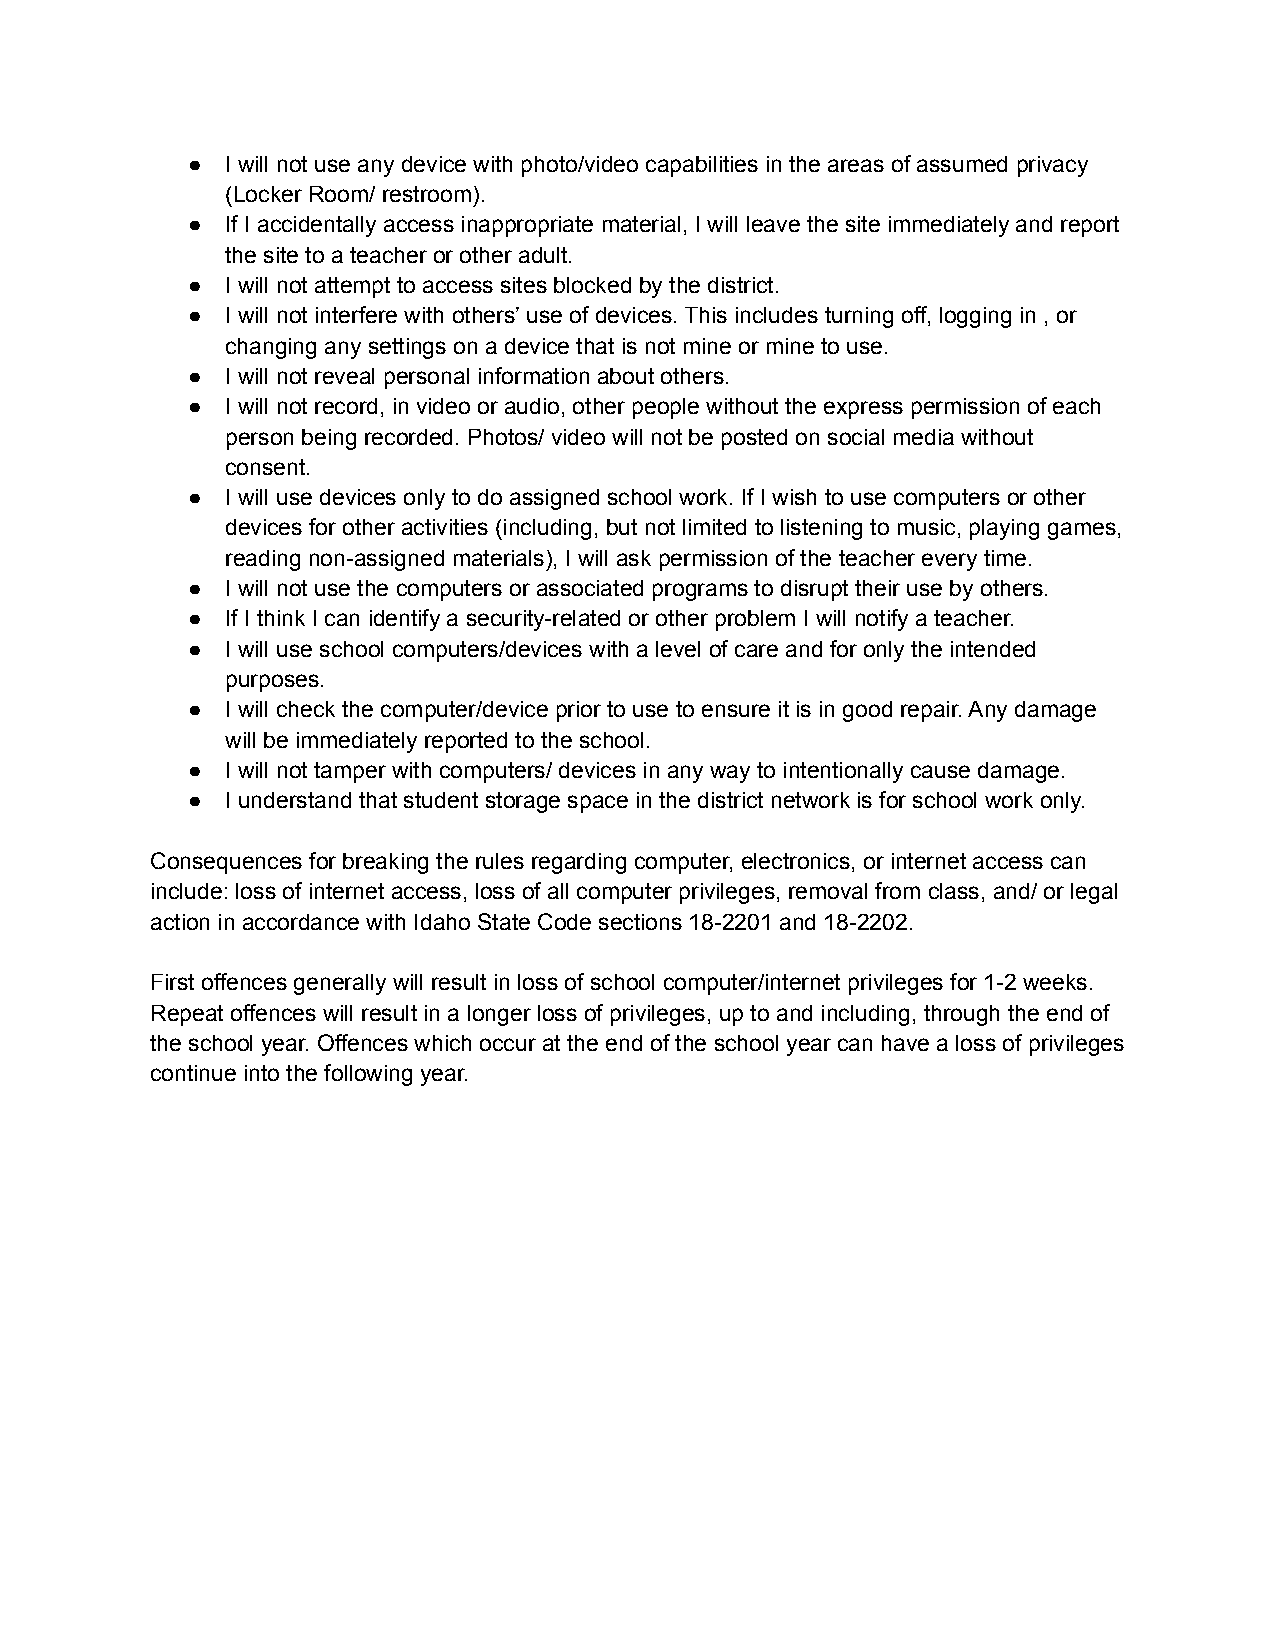
●  I will not use any device with photo/video capabilities in the areas of assumed privacy
 (Locker Room/ restroom).
 ●  If I accidentally access inappropriate material, I will leave the site immediately and report
 the site to a teacher or other adult.
 ●  I will not attempt to access sites blocked by the district.
 ●  I will not interfere with others’ use of devices. This includes turning off, logging in , or
 changing any settings on a device that is not mine or mine to use.
 ●  I will not reveal personal information about others.
 ●  I will not record, in video or audio, other people without the express permission of each
 person being recorded. Photos/ video will not be posted on social media without
 consent.
 ●  I will use devices only to do assigned school work. If I wish to use computers or other
 devices for other activities (including, but not limited to listening to music, playing games,
 reading non-assigned materials), I will ask permission of the teacher every time.
 ●  I will not use the computers or associated programs to disrupt their use by others.
 ●  If I think I can identify a security-related or other problem I will notify a teacher.
 ●  I will use school computers/devices with a level of care and for only the intended
 purposes.
 ●  I will check the computer/device prior to use to ensure it is in good repair. Any damage
 will be immediately reported to the school.
 ●  I will not tamper with computers/ devices in any way to intentionally cause damage.
 ●  I understand that student storage space in the district network is for school work only.
 Consequences for breaking the rules regarding computer, electronics, or internet access can
 include: loss of internet access, loss of all computer privileges, removal from class, and/ or legal
 action in accordance with Idaho State Code sections 18-2201 and 18-2202.
 First offences generally will result in loss of school computer/internet privileges for 1-2 weeks.
 Repeat offences will result in a longer loss of privileges, up to and including, through the end of
 the school year. Offences which occur at the end of the school year can have a loss of privileges
 continue into the following year.